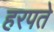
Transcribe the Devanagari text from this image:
हरपते